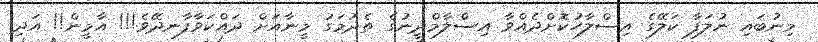
މިނުބައި ނުލަފާ ކަލޭގެ އިސްލާހުކޮށްދެއްވާ އިސްލާމްދީނުގެ ތެދުމަގު މީނާއަށް ދައްކަވާފާނދޭވެ!!! އާމީން!! އަދި